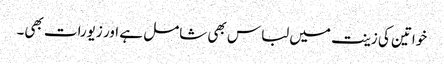
خواتین کی زینت میں لباس بھی شامل ہے اور زیورات بھی۔